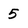
Character: 5